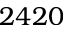
2 4 2 0